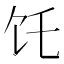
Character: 饦